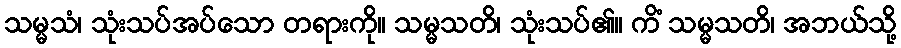
သမ္မသံ၊ သုံးသပ်အပ်သော တရားကို။ သမ္မသတိ၊ သုံးသပ်၏။ ကိံ သမ္မသတိ၊ အဘယ်သို့